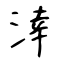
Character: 涬